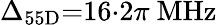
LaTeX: \Delta_{55\mathrm{D}}{=}16{\cdot}2\pi\ \mathrm{MHz}